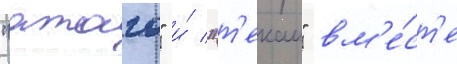
"атаго" и́ "т'екаи" вм'е́ст'е